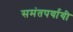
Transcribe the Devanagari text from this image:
समंतपर्यायी